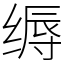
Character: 缛